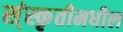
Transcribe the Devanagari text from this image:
स्ंस्कृतीमधील